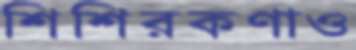
শিশিরকণাও